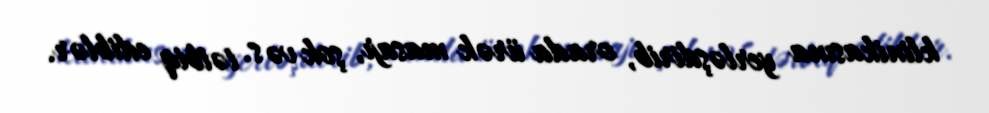
klinikasına yerləşdirib, orada ürək masajı, şok və s. tətbiq ediblər.